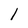
Character: 1